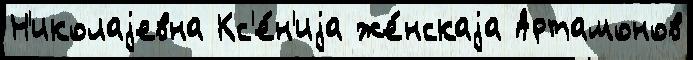
Н'иколаjевна Кс'е́н'иjа же́нскаjа Артамонов